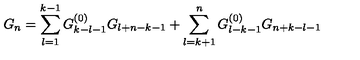
G _ { n } = \sum _ { l = 1 } ^ { k - 1 } G _ { k - l - 1 } ^ { ( 0 ) } G _ { l + n - k - 1 } + \sum _ { l = k + 1 } ^ { n } G _ { l - k - 1 } ^ { ( 0 ) } G _ { n + k - l - 1 }